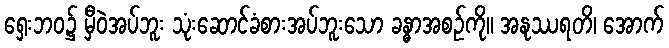
ရှေးဘဝ၌ မှီဝဲအပ်ဘူး သုံးဆောင်ခံစားအပ်ဘူးသော ခန္ဓာအစဉ်ကို။ အနုဿရတိ၊ အောက်